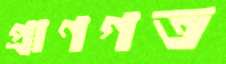
প্রাণগত